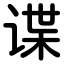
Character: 谍